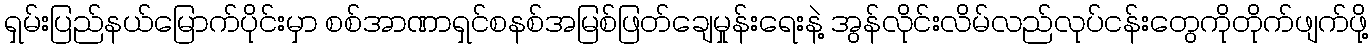
ရှမ်းပြည်နယ်မြောက်ပိုင်းမှာ စစ်အာဏာရှင်စနစ်အမြစ်ဖြတ်ချေမှုန်းရေးနဲ့ အွန်လိုင်းလိမ်လည်လုပ်ငန်းတွေကိုတိုက်ဖျက်ဖို့